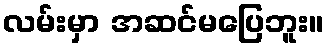
လမ်းမှာ အဆင်မပြေဘူး။